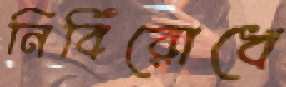
নির্বিরোধে